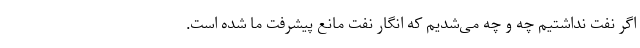
اگر نفت نداشتیم چه و چه می‌شدیم که انگار نفت مانع پیشرفت ما شده است.